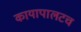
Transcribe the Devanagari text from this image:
कायापालटच